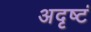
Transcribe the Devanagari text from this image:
अदृष्टं